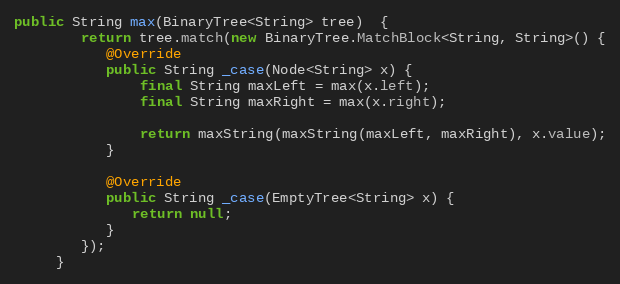
Language: Java
public String max(BinaryTree<String> tree)  {
        return tree.match(new BinaryTree.MatchBlock<String, String>() {
           @Override
           public String _case(Node<String> x) {
               final String maxLeft = max(x.left);
               final String maxRight = max(x.right);

               return maxString(maxString(maxLeft, maxRight), x.value);
           }

           @Override
           public String _case(EmptyTree<String> x) {
              return null;
           }
        });
     }